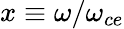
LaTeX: x\equiv\omega/\omega_{ce}